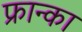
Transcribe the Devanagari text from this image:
फ्रान्का